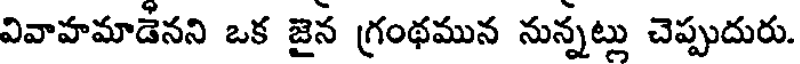
వివాహమాడెనని ఒక జైన గ్రంథమున నున్నట్లు చెప్పుదురు.